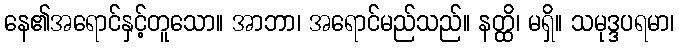
နေ၏အရောင်နှင့်တူသော။ အာဘာ၊ အရောင်မည်သည်။ နတ္ထိ၊ မရှိ။ သမုဒ္ဒပရမာ၊